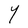
Character: Y